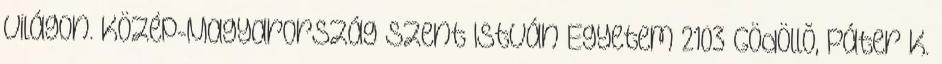
világon. Közép-Magyarország Szent István Egyetem 2103 Gödöllõ, Páter K.